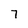
Character: 7